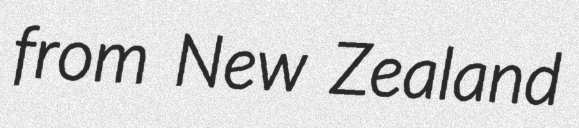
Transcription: from New Zealand